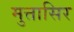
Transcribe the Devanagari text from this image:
मुत्तासिर